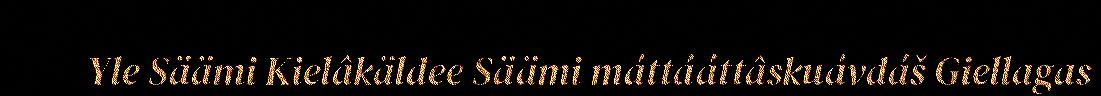
Yle Säämi Kielâkäldee Säämi máttááttâskuávdáš Giellagas